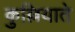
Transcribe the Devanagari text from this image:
कुल्लियाते